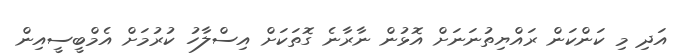
އަދި މި ކަންކަން ރައްޔިތުނަނަށް އޮޅުން ނާރާނެ ގޮތަކަށް އިސްލާހު ކުރުމަށް އެމްބީސީއިން